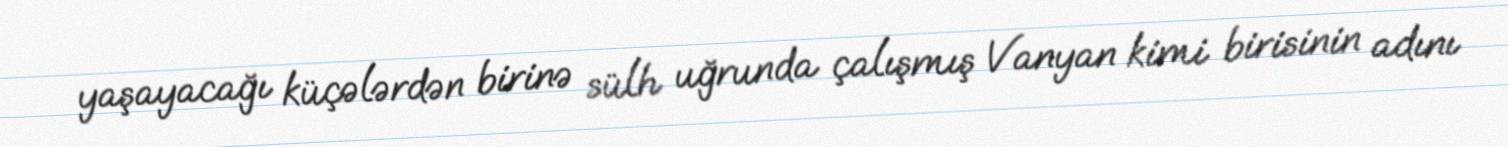
yaşayacağı küçələrdən birinə sülh uğrunda çalışmış Vanyan kimi birisinin adını